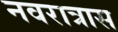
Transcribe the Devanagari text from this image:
नवरात्रास